Civil Veterinary Department. Central Provinces & Berar 1932-41 - 1932-1941
Year: 1932
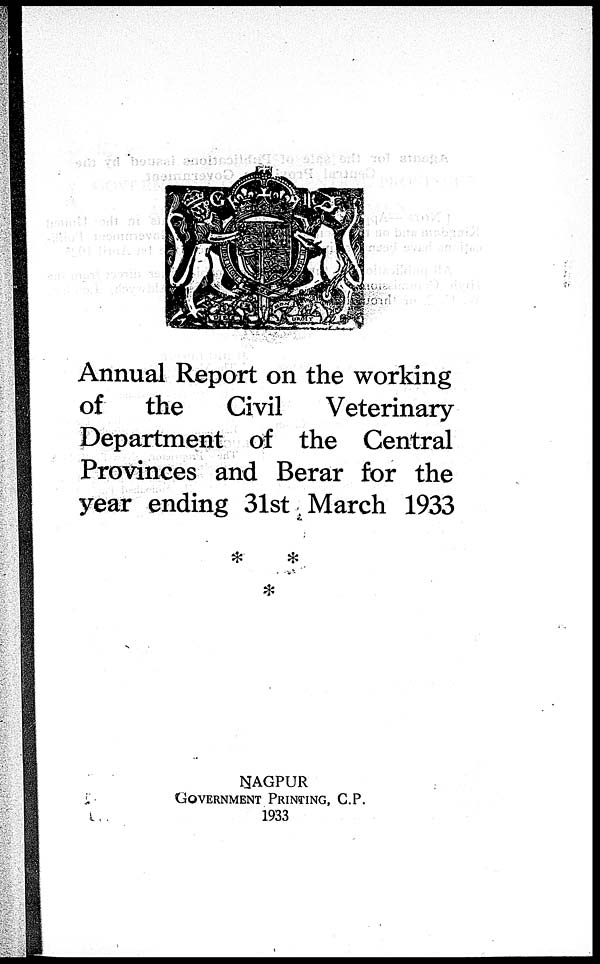
Annual Report on the working
of
the
Civil
Veterinary
Department of the Central
Provinces and Berar for the
year ending 31st March 1933
NAGPUR
GOVERNMENT PRINTING, C.P.
1933